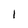
Character: I